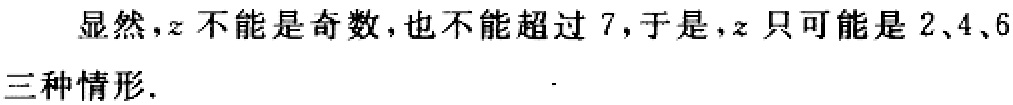
显然，$z$ 不能是奇数，也不能超过 7，于是，$z$ 只可能是 2、4、6三种情形.